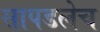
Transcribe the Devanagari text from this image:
सापडलेच